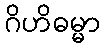
ဂိဟိဓမ္မာ